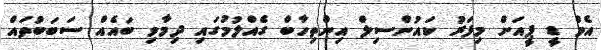
އެމް ޑީ ޕީއަށް މިފަަރު ކައުންސިލް އިންތިހާބް ގެއްލުމުގައި ދިމާވި ބައެއް ސަބަބުތައް